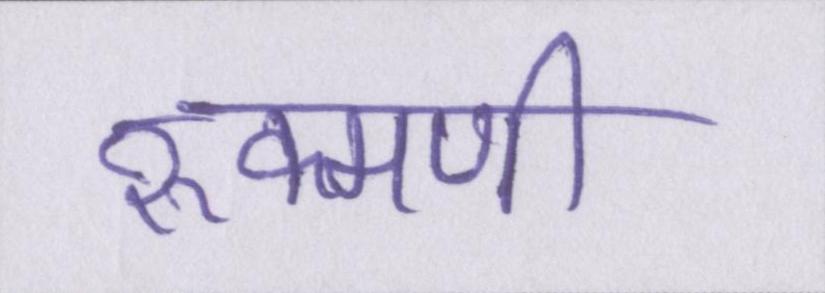
रुक्मणी